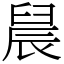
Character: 䢅